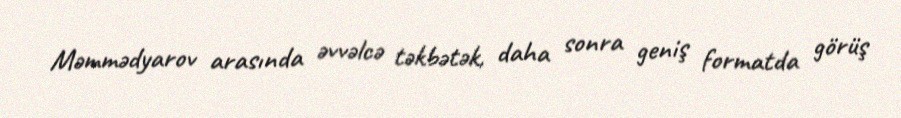
Məmmədyarov arasında əvvəlcə təkbətək, daha sonra geniş formatda görüş